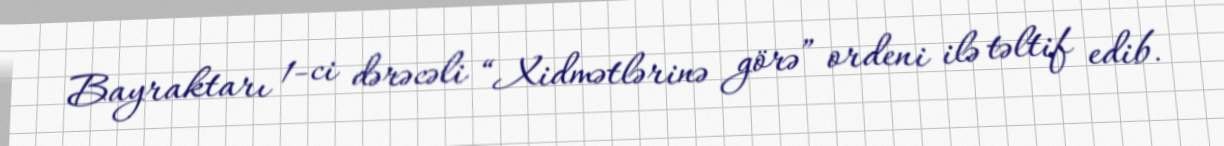
Bayraktarı 1-ci dərəcəli “Xidmətlərinə görə” ordeni ilə təltif edib.